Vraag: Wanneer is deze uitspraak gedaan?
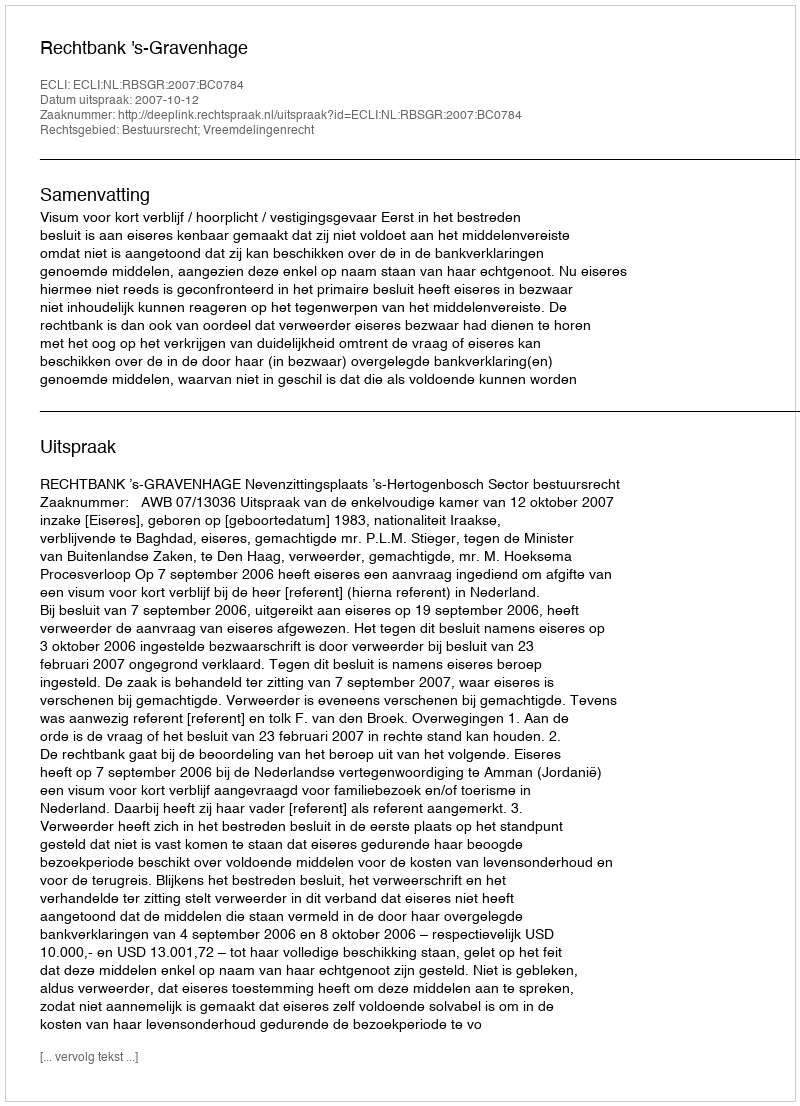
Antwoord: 2007-10-12